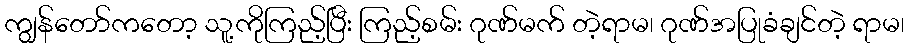
ကျွန်တော်ကတော့ သူ့ကိုကြည့်ပြီး ကြည့်စမ်း ဂုဏ်မက် တဲ့ရာမ၊ ဂုဏ်အပြုခံချင်တဲ့ ရာမ၊